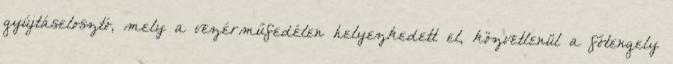
gyújtáselosztó, mely a vezérműfedélen helyezkedett el, közvetlenül a főtengely